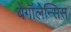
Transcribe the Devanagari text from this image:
बेंगॉलेन्सिस